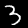
Label: 3